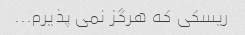
ریسکی که هرگز نمی پذیرم...